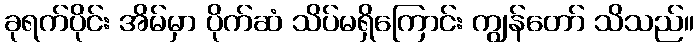
ခုရက်ပိုင်း အိမ်မှာ ပိုက်ဆံ သိပ်မရှိကြောင်း ကျွန်တော် သိသည်။